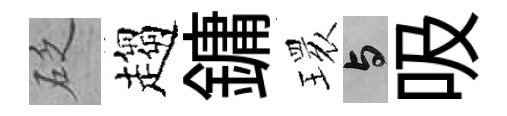
砭趨鏞𤨔与吸